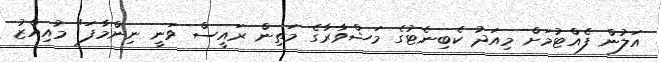
އަލުން ފެއްޓުމަށް މިއަދު ކެބިނެޓުގެ މަޝްވާރާގެ މަތިން ރައީސް ވަނީ ނިންމާފަ" މުއިއްޒު